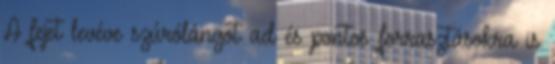
A fejet levéve szúrólángot ad és pontos forrasztásokra is